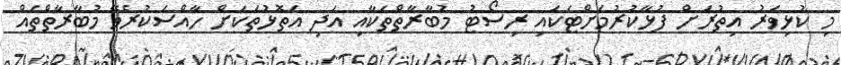
މި ކުޅިވަރު އިތުރަށް ފުޅާކުރުމަށްޓަކައި ރިސޯޓު މުބާރާތްތަކާއި އަދި އަތޮޅުތަކަށް ހާއްސަކުރެވޭ މުބާރާތްތައް